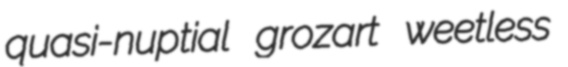
quasi-nuptial grozart weetless